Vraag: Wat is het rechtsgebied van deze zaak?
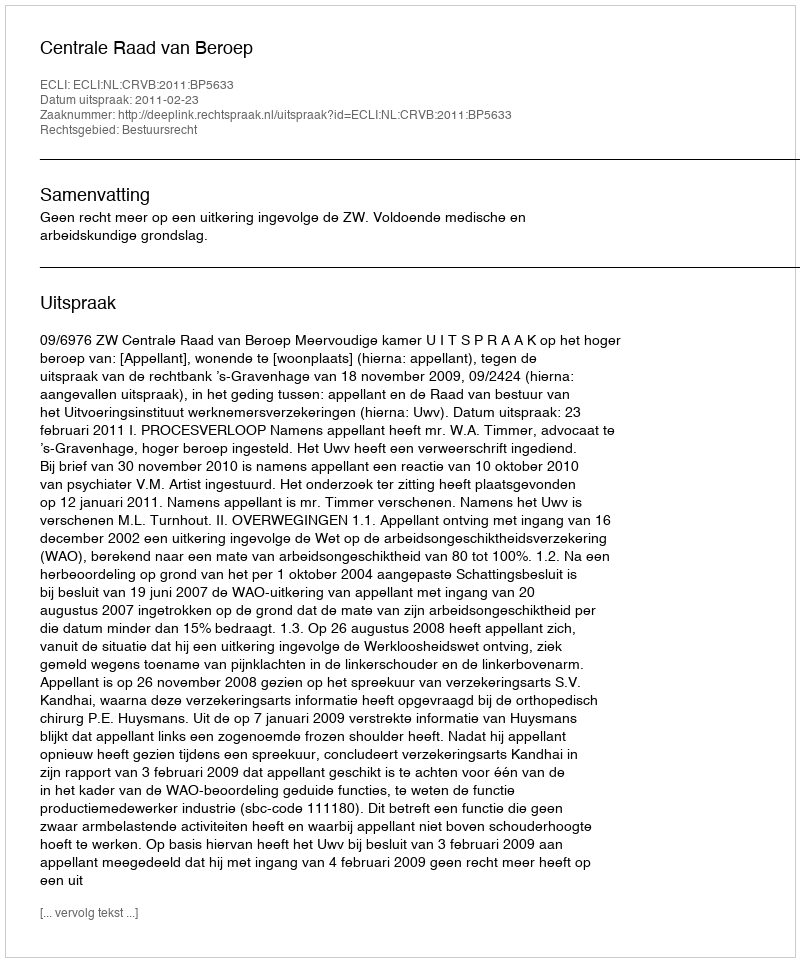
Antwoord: Bestuursrecht